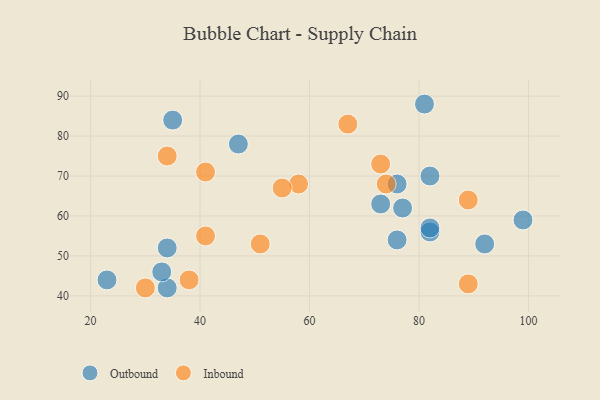
{"axis": {"x": "GDP", "y": "Life Expectancy"}, "legend": ["Inbound", "Outbound"], "data": [{"x": "99", "y": 59, "type": "Outbound"}, {"x": "92", "y": 53, "type": "Outbound"}, {"x": "77", "y": 62, "type": "Outbound"}, {"x": "76", "y": 68, "type": "Outbound"}, {"x": "73", "y": 63, "type": "Outbound"}, {"x": "23", "y": 44, "type": "Outbound"}, {"x": "34", "y": 42, "type": "Outbound"}, {"x": "82", "y": 56, "type": "Outbound"}, {"x": "34", "y": 52, "type": "Outbound"}, {"x": "82", "y": 70, "type": "Outbound"}, {"x": "33", "y": 46, "type": "Outbound"}, {"x": "47", "y": 78, "type": "Outbound"}, {"x": "35", "y": 84, "type": "Outbound"}, {"x": "76", "y": 54, "type": "Outbound"}, {"x": "82", "y": 57, "type": "Outbound"}, {"x": "81", "y": 88, "type": "Outbound"}, {"x": "58", "y": 68, "type": "Inbound"}, {"x": "51", "y": 53, "type": "Inbound"}, {"x": "67", "y": 83, "type": "Inbound"}, {"x": "89", "y": 43, "type": "Inbound"}, {"x": "55", "y": 67, "type": "Inbound"}, {"x": "41", "y": 71, "type": "Inbound"}, {"x": "89", "y": 64, "type": "Inbound"}, {"x": "34", "y": 75, "type": "Inbound"}, {"x": "73", "y": 73, "type": "Inbound"}, {"x": "30", "y": 42, "type": "Inbound"}, {"x": "74", "y": 68, "type": "Inbound"}, {"x": "41", "y": 55, "type": "Inbound"}, {"x": "38", "y": 44, "type": "Inbound"}]}